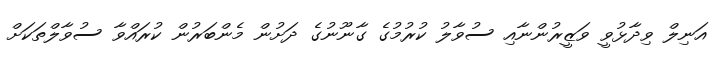
އަނިލް ވިދާޅުވީ ވަޒީރުންނާއި ސުވާލު ކުރުމުގެ ގާނޫނުގެ ދަށުން މެންބަރުން ކުރައްވާ ސުވާލްތަކަށް